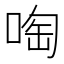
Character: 啕